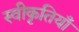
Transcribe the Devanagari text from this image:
स्वीकृतियाँ